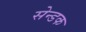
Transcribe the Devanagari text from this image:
सेन्डक